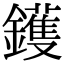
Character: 鑊